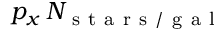
p _ { x } \, N _ { \mathrm { ~ s ~ t ~ a ~ r ~ s ~ / ~ g ~ a ~ l ~ } }